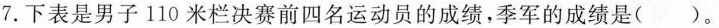
7.下表是男子110米栏决赛前四名运动员的成绩，季军的成绩是( )。